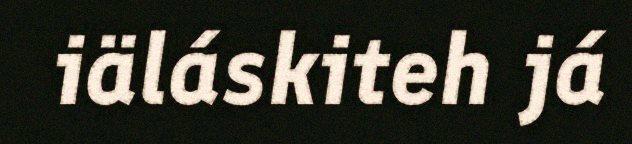
iäláskiteh já